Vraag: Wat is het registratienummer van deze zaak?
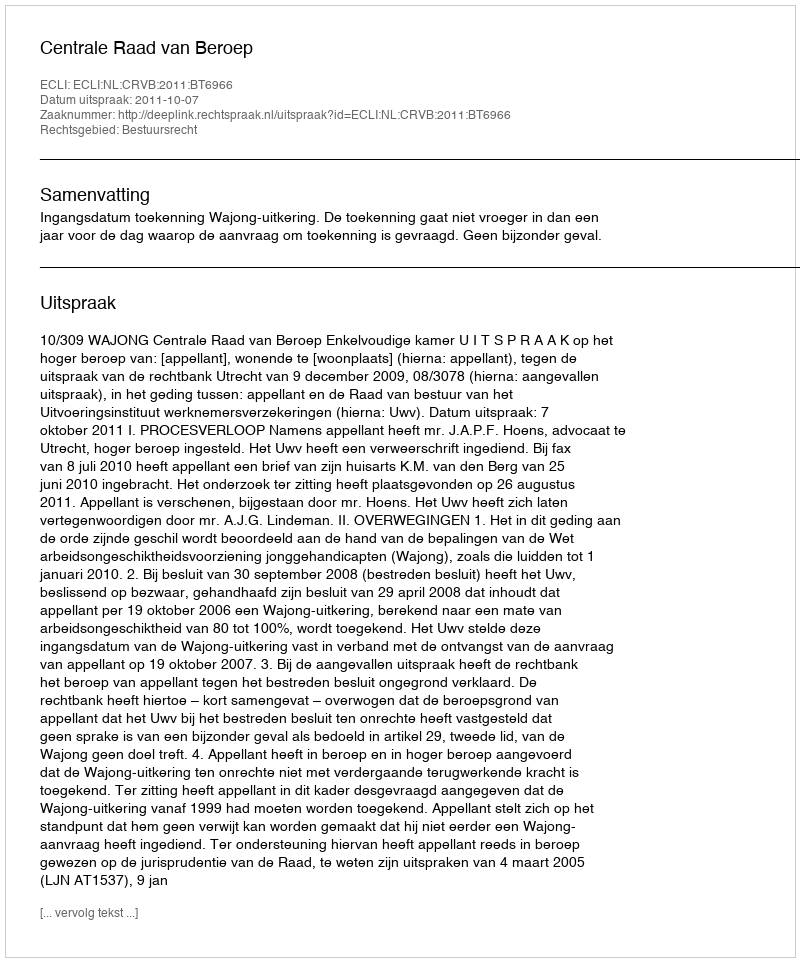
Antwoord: http://deeplink.rechtspraak.nl/uitspraak?id=ECLI:NL:CRVB:2011:BT6966